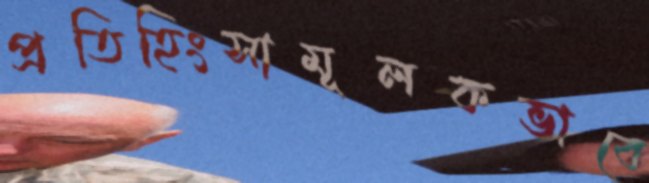
প্রতিহিংসামূলকভাবে